Indian journal of veterinary science and animal husbandry - Volume 5,
Year: 1935
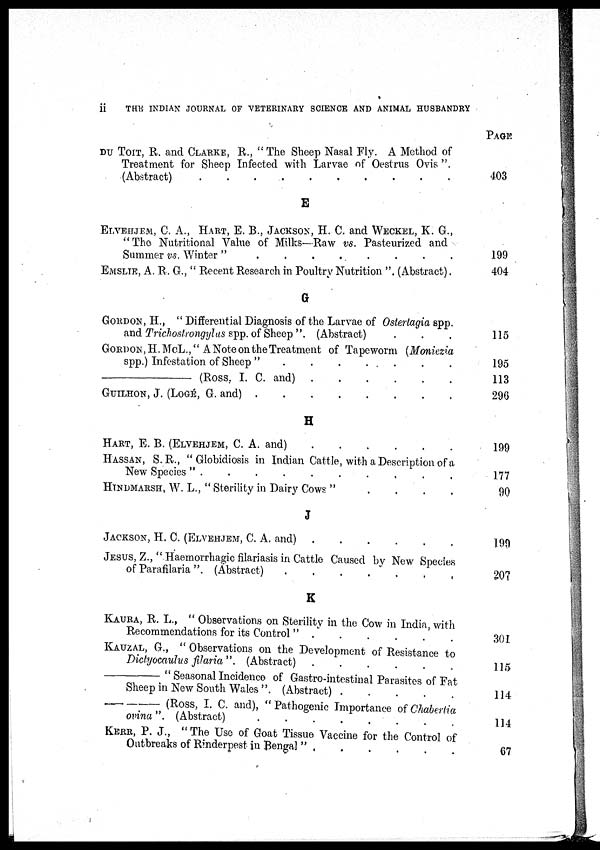
ii THE INDIAN JOURNAL OF VETERINARY SCIENCE AND ANIMAL HUSBANDRY
DU TOIT, R. and CLARKE, R., " The Sheep Nasal Fly. A Method of
Treatment for Sheep Infected with Larvae of Oestrus Ovis ".
(Abstract) . . . . . . . .
E
ELVEHJEM, C. A., HART, E. B., JACKSON, H. C. and WECKEL, K. G.,
"The Nutritional Value of Milks—Raw vs. Pasteurized and
Summer vs. Winter "
.
.
.
.
.
.
.
.
EMSLIE, A. R. G., " Recent Research in Poultry Nutrition ". (Abstract).
G
GORDON, H., " Differential Diagnosis of the Larvae of Ostertagia spp.
and Trichostrongylus spp. of Sheep". (Abstract) . . .
GORDON, H.MCL.," A Note on the Treatment of Tapeworm (Moniezia
spp.) Infestation of Sheep "
.
.
.
.
.
.
.
.
—(ROSS,
I. C. and)
.
.
.
.
.
.
.
.
GUILHON, J. (LOGÉ, G. and)
.
.
.
.
.
.
.
.
H
HART, E. B. (ELVEHJEM, C. A. and)
.
.
.
.
.
.
.
.
HASSAN, S.R., " Globidiosis in Indian Cattle, with a Description of a
New Species "
.
.
.
.
.
.
.
.
HINDMARSH, W. L., "Sterility in Dairy Cows " . . . . . . . .
J
JAKSON, H. C. (ELVEHJEM, C. A. and)
.
.
.
.
.
.
.
.
JESUS, Z., " Haemorrhagic filariasis in Cattle Caused by New Species
of Parafilaria". (Abstract) . . . . . . . .
K
KAURA, R. L., " Observations on Sterility in the Cow in India, with
Recommendations for its Control " . . . . . . . .
KAUZAL, G., " Observations on the Development of Resistance to
Dictyocaulus filaria ". (Abstract)
.
.
.
.
.
.
.
.
Seasonal Incidence of Gastro-intestinal Parasites of Fat
Sheep in New South Wales ". (Abstract) . . . . . . . .
—
(ROSS, I. C. and), "Pathogenic Importance of Chabertia
ovina".
(Abstract)
.
.
.
.
.
.
.
.
KERR, P. J., "The Use of Goat Tissue Vaccine for the Control of
Outbreaks of Rinderpest in Bengal " . . . . . . . .
PAGE
403
199
404
115
195
113
296
199
177
90
199
207
301
115
114
114
67